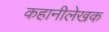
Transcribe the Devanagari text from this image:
कहानीलेखक